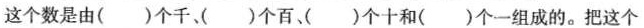
这个数是由( )个千( )个百、)个十和( )个一组成的。把这个